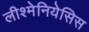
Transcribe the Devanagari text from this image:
लीश्मेनियेसिस